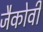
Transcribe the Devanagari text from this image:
जैकोवी